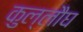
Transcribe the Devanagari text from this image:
कुल्लौघ